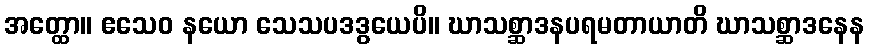
အတ္ထော။ ဧသေဝ နယော သေသပဒဒွယေပိ။ ဃာသစ္ဆာဒနပရမတာယာတိ ဃာသစ္ဆာဒနေန